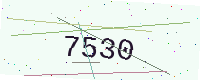
Text: 7530